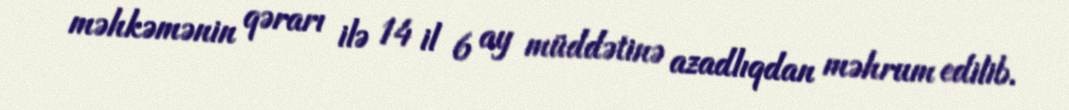
məhkəmənin qərarı ilə 14 il 6 ay müddətinə azadlıqdan məhrum edilib.